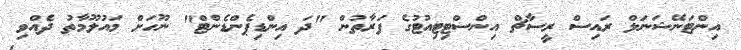
އިންޓަނޭޝަނަލް ރައިސް ރީސާޗް އިންސްޓިޓިއުޓުގެ ފަރާތުން "ދަ އިންޑިޕެންޑެންޓް" ނޫހަށް މައުލޫމާތު ދެއްވި